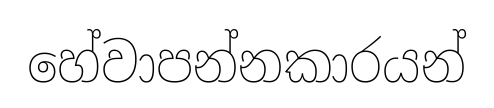
හේවාපන්නකාරයන්